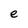
Character: e